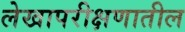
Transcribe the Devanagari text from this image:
लेखापरीक्षणातील